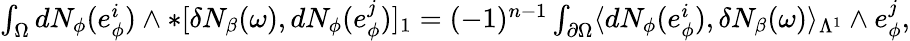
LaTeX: \begin{array}{r}{\int_{\Omega}dN_{\phi}(e_{\phi}^{i})\wedge\ast[\delta N_{\beta}(\omega),dN_{\phi}(e_{\phi}^{j})]_{1}=(-1)^{n-1}\int_{\partial\Omega}\langle dN_{\phi}(e_{\phi}^{i}),\delta N_{\beta}(\omega)\rangle_{\Lambda^{1}}\wedge e_{\phi}^{j},}\end{array}